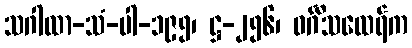
သဂါထာ-သံ-ပါ-၁၉၅၊ ဋ္ဌ-၂၅၆၊ ဝင်္ဂီသထေရ်က